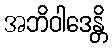
အဘိဝါဒေန္တိ